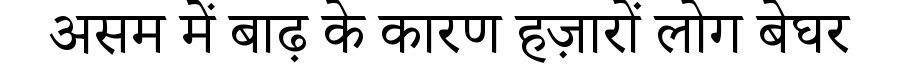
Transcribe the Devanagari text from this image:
असम में बाढ़ के कारण हज़ारों लोग बेघर